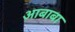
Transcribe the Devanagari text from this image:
आबाबा